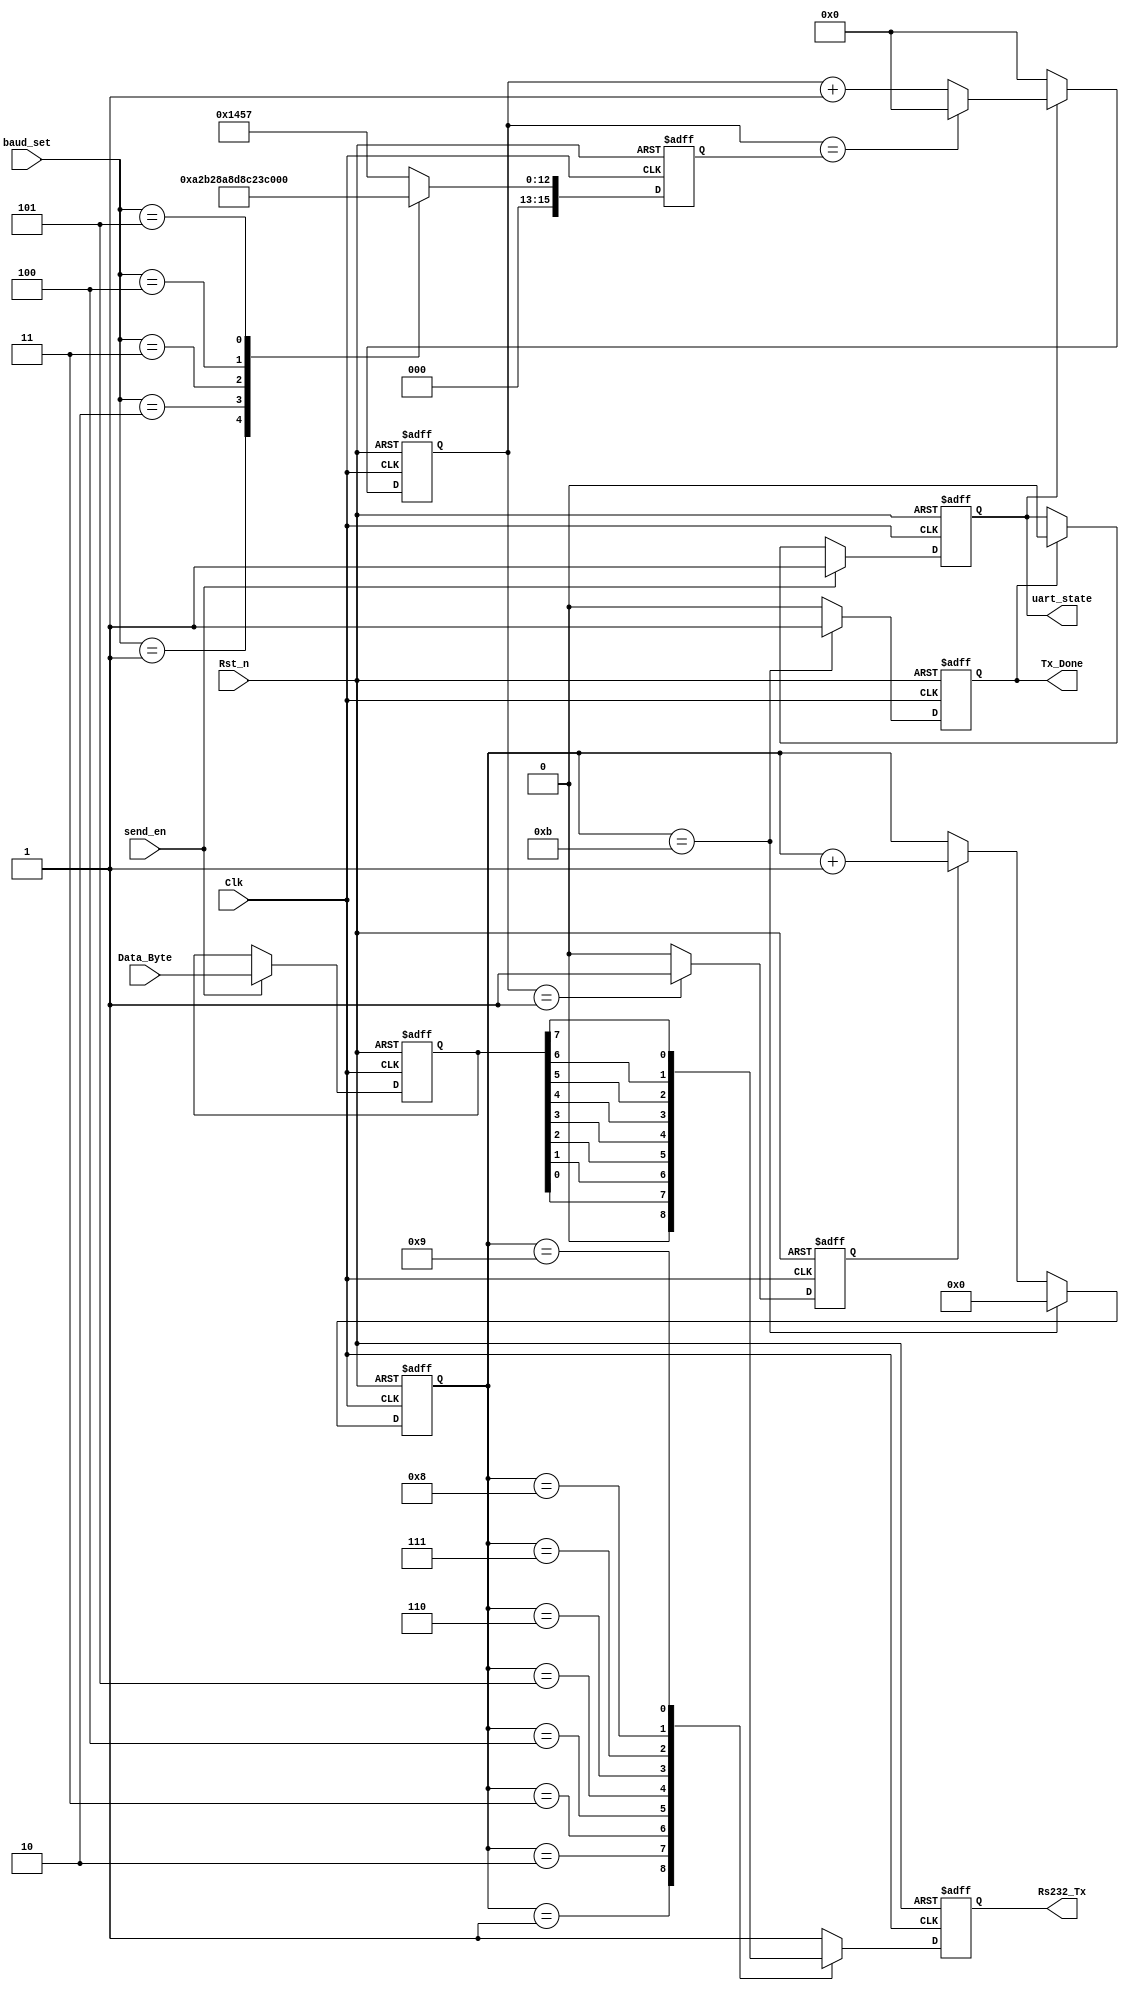

module uart_byte_tx(
	Clk, 
	Rst_n, 
	send_en,
	baud_set,
	Data_Byte,

	Rs232_Tx,
	Tx_Done,
	uart_state
);

	input Clk; 
	input Rst_n; 
	input send_en;
	input [2:0]baud_set;
	input [7:0]Data_Byte;

	output reg Rs232_Tx;
	output reg Tx_Done;
	output reg uart_state;
	
	reg [15:0]bps_DR;//??
	reg [15:0]div_cnt;//?
	reg bps_clk;      //?
	reg [3:0]bps_cnt;
	reg [7:0]r_Data_Byte;
	
	localparam START_BIT = 1'b0;
	localparam STOP_BIT = 1'b1;
	
	//Data_Byt?
	always@(posedge Clk or negedge Rst_n)
	if(!Rst_n)
		r_Data_Byte <= 8'd0;
	else if(send_en)
		r_Data_Byte <= Data_Byte;
	else
		r_Data_Byte <= r_Data_Byte;
		
	//
	always@(posedge Clk or negedge Rst_n)
	if(!Rst_n)
		bps_DR = 16'd5207;
	else begin
		case(baud_set)
			3'd0:bps_DR = 16'd5207; //?9600
			3'd1:bps_DR = 16'd2603; //?19200
			3'd2:bps_DR = 16'd1301; //?38400
			3'd3:bps_DR = 16'd867;  //?57600
			3'd4:bps_DR = 16'd286;  //?115200
			3'd5:bps_DR = 16'd31;   //?1562500
			default:bps_DR = 16'd5207;	
		endcase
	end	
	
	//
	always@(posedge Clk or negedge Rst_n)
	if(!Rst_n)
		div_cnt <= 16'd0;
	else if(!uart_state)
		div_cnt <= 16'd0;
	else if(div_cnt == bps_DR)
		div_cnt <= 16'd0;
	else	
		div_cnt <= div_cnt + 16'b1;
		
	//
	always@(posedge Clk or negedge Rst_n)
	if(!Rst_n)
		bps_clk <= 1'b0;
	else if(div_cnt == 16'b1)
		bps_clk <= 1'b1;
	else	
		bps_clk <= 1'b0;
		
	//bps_cnt
	always@(posedge Clk or negedge Rst_n)
	if(!Rst_n)
		bps_cnt <= 4'd0;
	else if(bps_cnt == 4'd11)
		bps_cnt <= 4'd0;
	else if(bps_clk)
		bps_cnt <= bps_cnt + 4'd1;
	else 
		bps_cnt <= bps_cnt;
		
	//?Tx_Done
	always@(posedge Clk or negedge Rst_n)
	if(!Rst_n)
		Tx_Done <= 1'b0;
	else if(bps_cnt == 4'd11)
		Tx_Done <= 1'b1;
	else 
		Tx_Done <= 1'b0;
		
	//Rs232_Tx
	always@(posedge Clk or negedge Rst_n)
	if(!Rst_n)
		Rs232_Tx <= 1'b1;
	else begin
		case(bps_cnt)
			4'd0:Rs232_Tx <= 1'b1;
			4'd1:Rs232_Tx <= START_BIT;
			4'd2:Rs232_Tx <= r_Data_Byte[0];
			4'd3:Rs232_Tx <= r_Data_Byte[1];
			4'd4:Rs232_Tx <= r_Data_Byte[2];
			4'd5:Rs232_Tx <= r_Data_Byte[3];
			4'd6:Rs232_Tx <= r_Data_Byte[4];
			4'd7:Rs232_Tx <= r_Data_Byte[5];
			4'd8:Rs232_Tx <= r_Data_Byte[6];
			4'd9:Rs232_Tx <= r_Data_Byte[7];
			4'd10:Rs232_Tx <= STOP_BIT;
			default:Rs232_Tx <= 1'b1;		
		endcase		
	end 
	 
	//?uart_state
	always@(posedge Clk or negedge Rst_n)
	if(!Rst_n)
		uart_state <= 1'b0;
	else if(send_en)
		uart_state <= 1'b1;
	else if(Tx_Done)
		uart_state <= 1'b0;
	else
		uart_state <= uart_state; 

endmodule